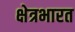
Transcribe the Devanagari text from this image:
क्षेत्रभारत